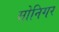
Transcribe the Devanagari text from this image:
सोनिगर